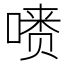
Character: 𪡺